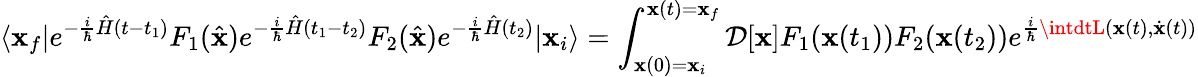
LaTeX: \langle\mathbf{x}_{f}|e^{-{\frac{{i}}{{\hbar}}}{\hat{{H}}}(t-t_{1})}F_{1}({\hat{{\mathbf{x}}}})e^{-{\frac{{i}}{{\hbar}}}{\hat{{H}}}(t_{1}-t_{2})}F_{2}({\hat{{\mathbf{x}}}})e^{-{\frac{{i}}{{\hbar}}}{\hat{{H}}}(t_{2})}|\mathbf{x}_{i}\rangle=\int_{\mathbf{x}(0)=\mathbf{x}_{i}}^{\mathbf{x}(t)=\mathbf{x}_{f}}{\mathcal{{D}}}[\mathbf{x}]F_{1}(\mathbf{x}(t_{1}))F_{2}(\mathbf{x}(t_{2}))e^{{\frac{{i}}{{\hbar}}}\intdtL(\mathbf{x}(t),{\dot{{\mathbf{x}}}}(t))}